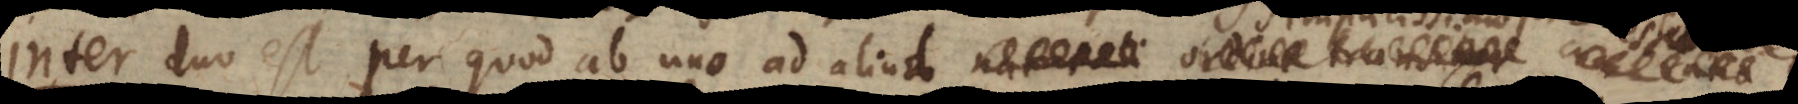
r duo est, per quod ab uno ad al